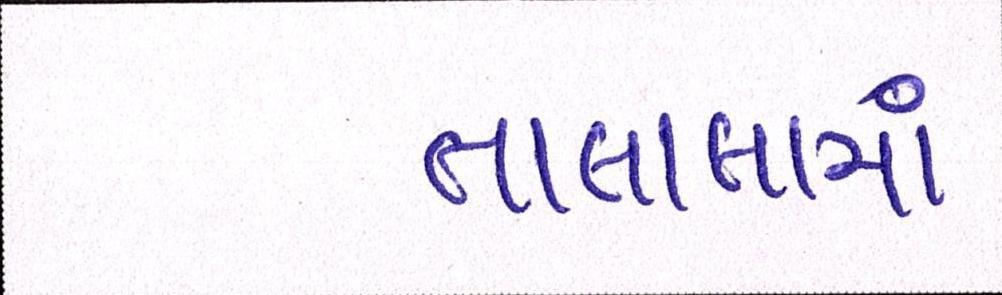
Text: તાલાલામાં